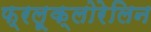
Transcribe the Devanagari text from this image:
फ्रलूक्लोरेलिन